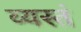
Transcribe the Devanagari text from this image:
व्यस्तं